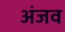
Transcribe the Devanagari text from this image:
अंजव